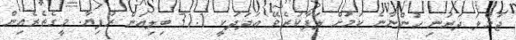
ޖުމްލަ ދަރަނި ހުންނާނެ ކަމަށް ލަފާކުރެވޭ ޢަދަދަކީ 31.1 ބިލިއަން ރުފިޔާ. މީގެތެރެއިން